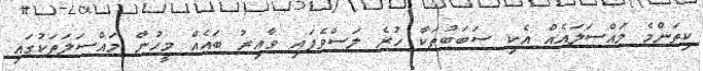
ކިތަންމެ މައްސަލައެއް އެކި ސަބަބުތަކާ ހުރެ ލަސްވެފައި ވާއިރު ބައެއް މީހުން މައްސަލަތަކުގައި